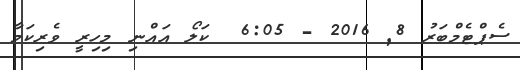
ސެޕްޓެމްބަރު 8